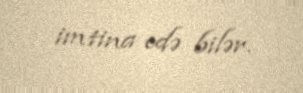
imtina edə bilər.